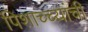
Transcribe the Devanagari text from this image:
पिशाच्च्यांची